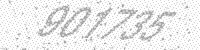
Solution: 901735